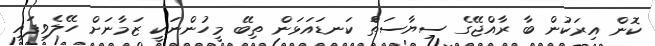
ކޮން އިރަކުން ބާ ރާއްޖޭގެ ސިޔާސަތްަ ކަނޑައަޅަން ތިބޭ މީހުންނަކީ ޒަމާނަށް ހޭލެވިފައި